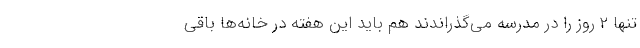
تنها ۲ روز را در مدرسه می‌گذراندند هم باید این هفته در خانه‌ها باقی